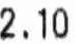
2.10